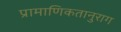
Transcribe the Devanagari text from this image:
प्रामाणिकतानुराग